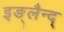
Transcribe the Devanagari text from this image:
इङ्लैन्द्